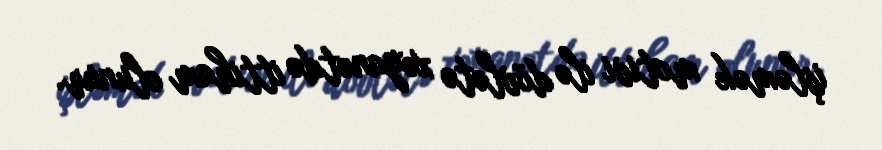
işləmək motivi ilə dövlətə xəyanətdə ittiham olunur.